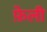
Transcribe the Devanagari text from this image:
फ़ेली